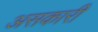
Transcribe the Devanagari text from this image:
असकारी